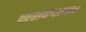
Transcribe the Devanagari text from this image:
नारायणध्वज